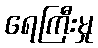
ရေကြီးမှု